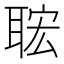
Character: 𦕹